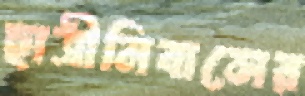
ছাত্রীনিবাসের